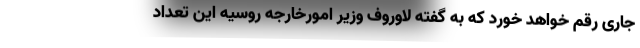
جاری رقم خواهد خورد که به گفته لاوروف وزیر امورخارجه روسیه این تعداد